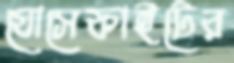
যোসেফাইটের